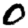
Digit: 0